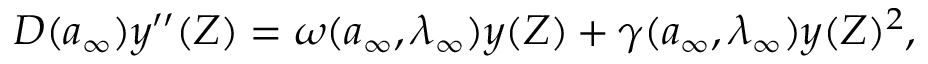
\begin{array} { r } { D ( { a } _ { \infty } ) y ^ { \prime \prime } ( Z ) = \omega ( { a } _ { \infty } , \lambda _ { \infty } ) y ( Z ) + \gamma ( { a } _ { \infty } , \lambda _ { \infty } ) y ( Z ) ^ { 2 } , } \end{array}